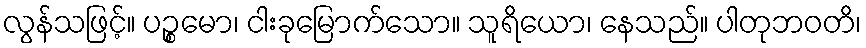
လွန်သဖြင့်။ ပဉ္စမော၊ ငါးခုမြောက်သော။ သူရိယော၊ နေသည်။ ပါတုဘဝတိ၊